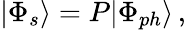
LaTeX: |\Phi_{s}\rangle=P|\Phi_{ph}\rangle\, ,